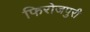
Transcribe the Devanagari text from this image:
फिरोजपुरी